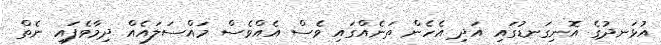
އުޅަނދުގެ އޮނިގަނޑުގައި އަދި އެހެން ތަނެއްގައި ވެސް އެއްވެސް މައްސަލައެއް ދިމާވެފައި ނެތް